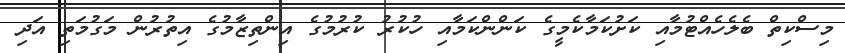
މިސްކިތް ބެލެހެއްޓުމާއި ކަށުކަމާކެމީގެ ކަންންކަމާއި ހުކުރު ކުރުމުގެ އިންތިޒާމުގެ އިތުރުން މަގުމަތި އަދި